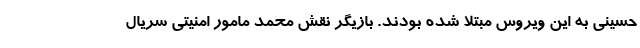
حسینی به این ویروس مبتلا شده بودند. بازیگر نقش محمد مامور امنیتی سریال